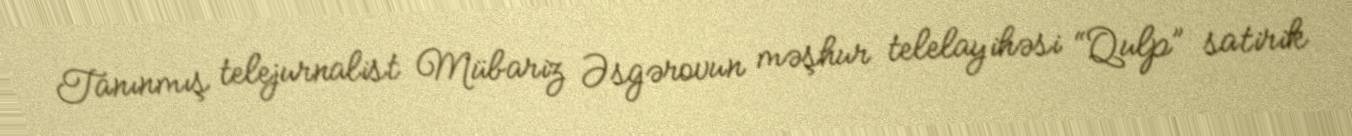
Tanınmış telejurnalist Mübariz Əsgərovun məşhur telelayihəsi “Qulp” satirik